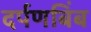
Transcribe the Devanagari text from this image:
दर्पणबिंब